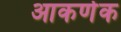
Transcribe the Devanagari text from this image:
आकर्णक